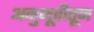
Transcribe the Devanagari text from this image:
अनुभूतीतून